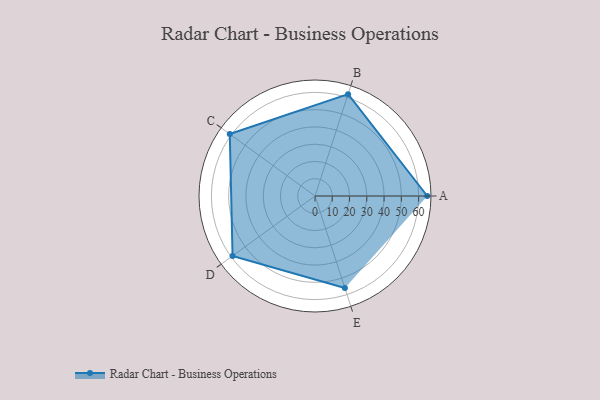
{"axis": {"x": "Skill", "y": "Score"}, "legend": ["Profile"], "data": [{"x": "A", "y": 65.0, "type": "Profile"}, {"x": "B", "y": 62.0, "type": "Profile"}, {"x": "C", "y": 61.0, "type": "Profile"}, {"x": "D", "y": 59.0, "type": "Profile"}, {"x": "E", "y": 56.0, "type": "Profile"}]}